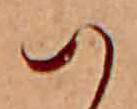
ハ